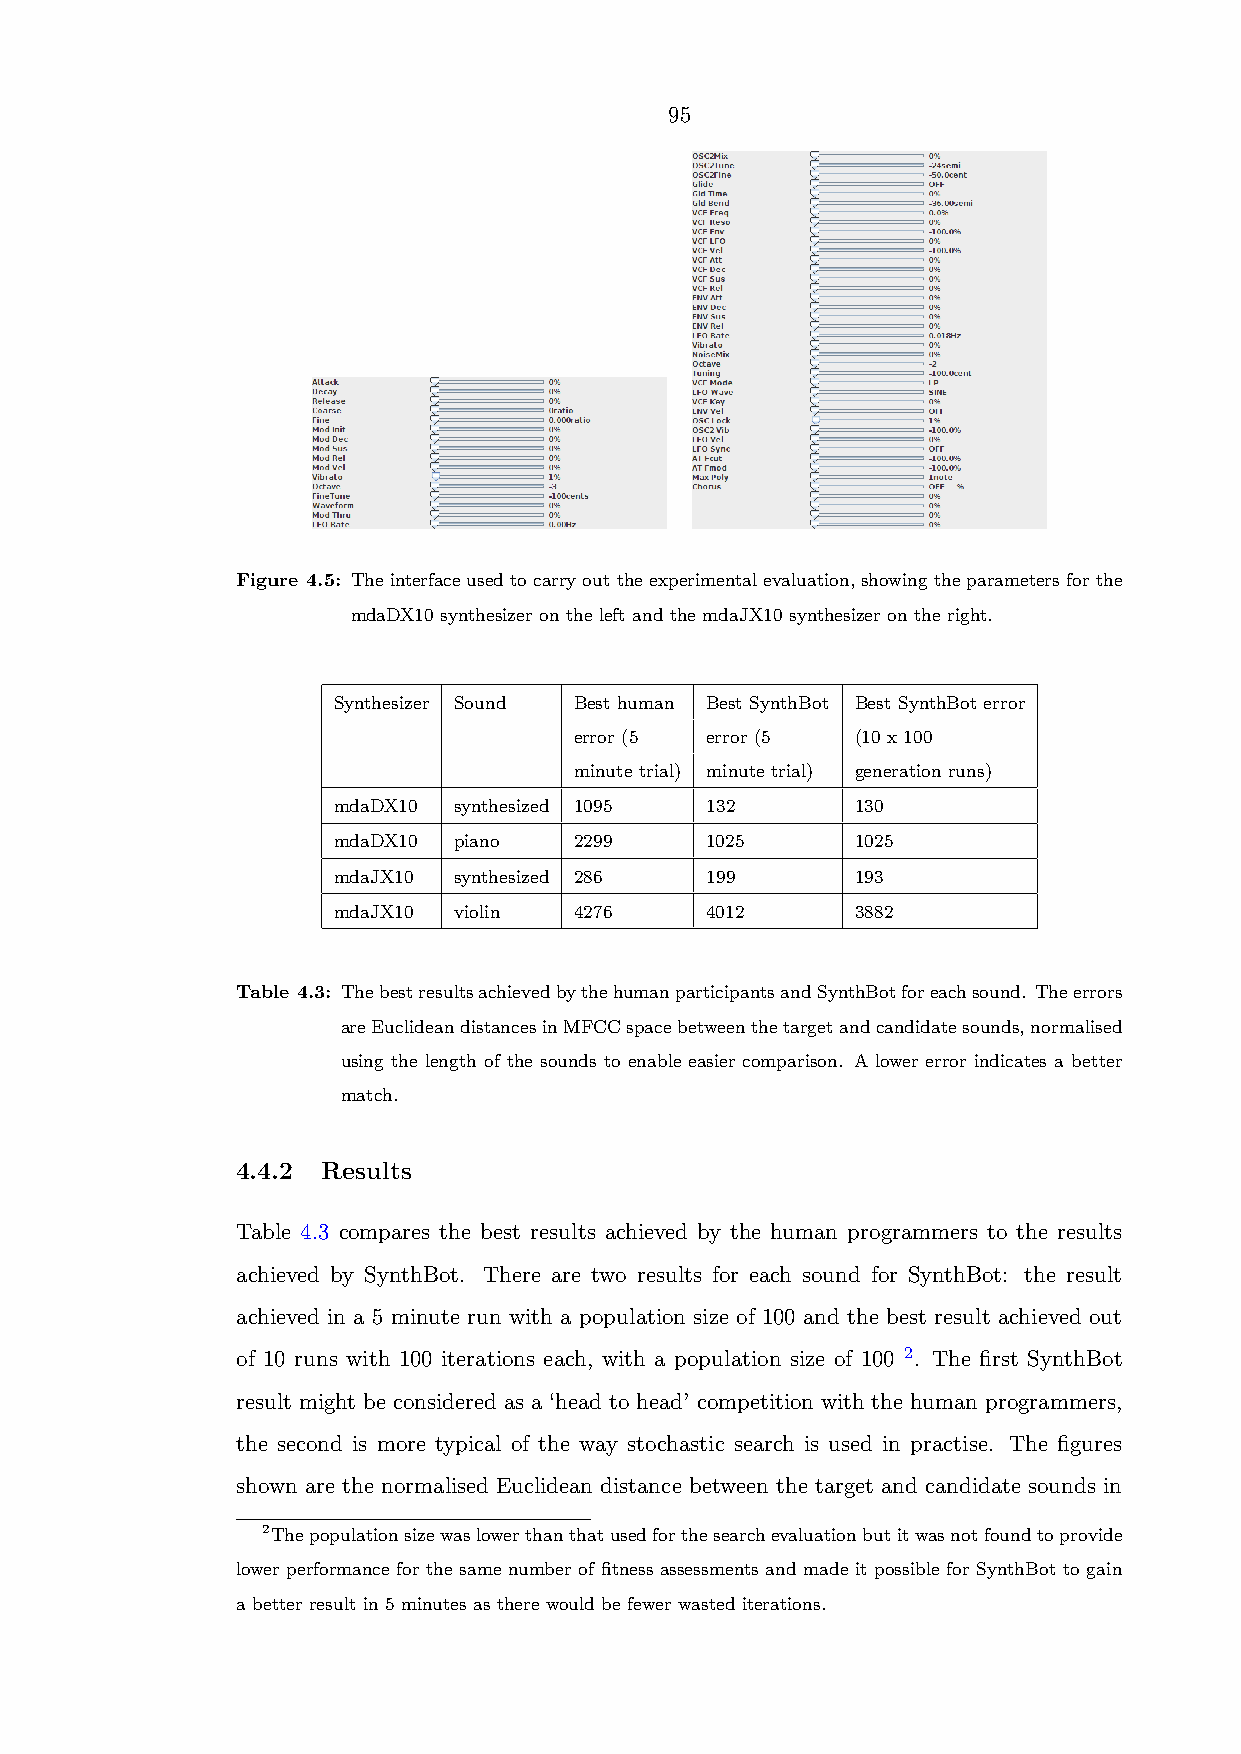
95
 Figure 4.5: Theinterfaceusedtocarryouttheexperimentalevaluation,showingtheparametersforthe
 mdaDX10 synthesizer on the left and the mdaJX10 synthesizer on the right.
 Synthesizer Sound Best human Best SynthBot Best SynthBot error
 error (5 error (5  (10 x 100
 minute trial) minute trial) generation runs)
 mdaDX10 synthesized 1095 132       130
 mdaDX10 piano   2299     1025      1025
 mdaJX10 synthesized 286  199       193
 mdaJX10 violin  4276     4012      3882
 Table 4.3: ThebestresultsachievedbythehumanparticipantsandSynthBotforeachsound. Theerrors
 areEuclideandistancesinMFCCspacebetweenthetargetandcandidatesounds,normalised
 using the length of the sounds to enable easier comparison. A lower error indicates a better
 match.
 4.4.2 Results
 Table 4.3 compares the best results achieved by the human programmers to the results
 achieved by SynthBot. There are two results for each sound for SynthBot: the result
 achieved in a 5 minute run with a population size of 100 and the best result achieved out
 of 10 runs with 100 iterations each, with a population size of 100 2. The first SynthBot
 result might be considered as a ‘head to head’ competition with the human programmers,
 the second is more typical of the way stochastic search is used in practise. The figures
 shown are the normalised Euclidean distance between the target and candidate sounds in
 2Thepopulationsizewaslowerthanthatusedforthesearchevaluationbutitwasnotfoundtoprovide
 lower performance for the same number of fitness assessments and made it possible for SynthBot to gain
 a better result in 5 minutes as there would be fewer wasted iterations.